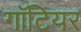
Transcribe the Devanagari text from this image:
गॉटियर